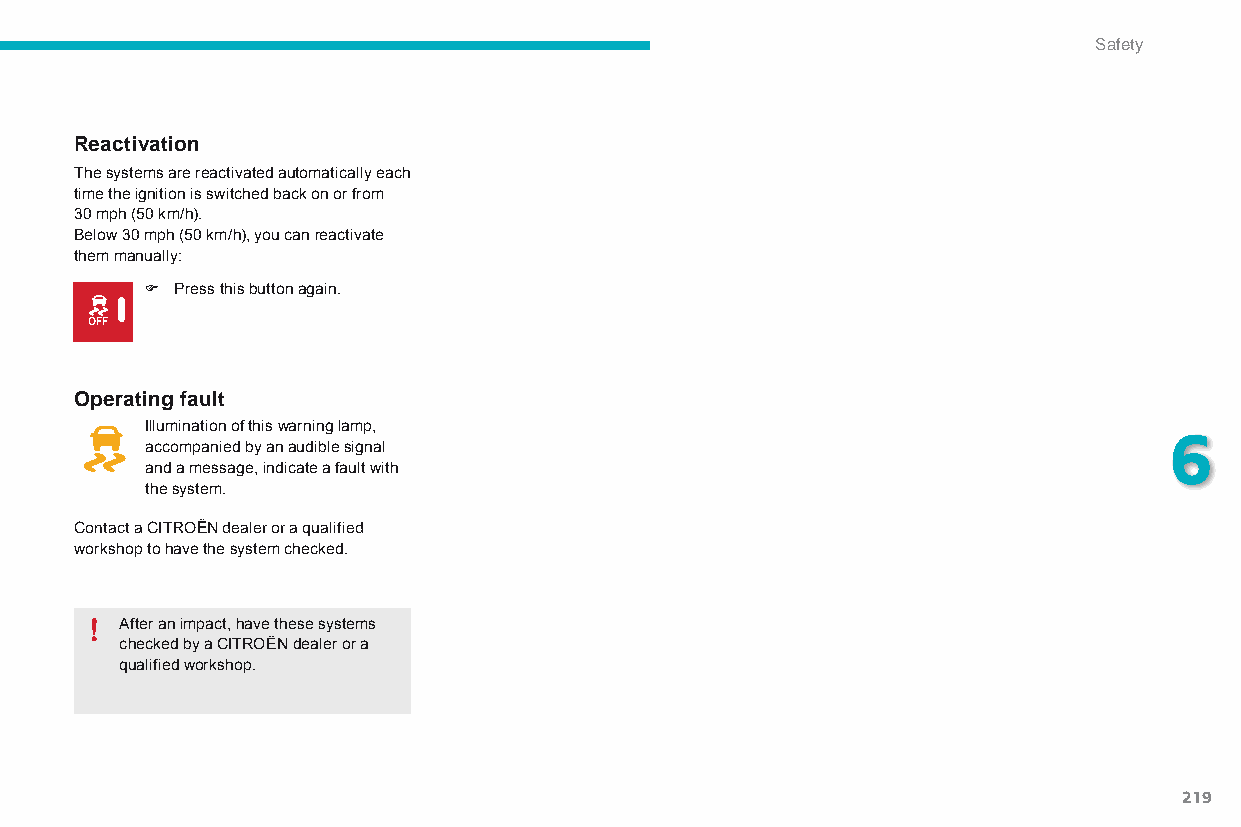
Safety
 Reactivation
 The systems are reactivated automatically each
 time the ignition is switched back on or from
 30 mph (50 km/h).
 Below 30 mph (50 km/h), you can reactivate
 them manually:
 F Press this button again.
 Operating fault
 Illumination of this warning lamp,
 6
 accompanied by an audible signal
 and a message, indicate a fault with
 the system.
 Contact a CITRoËn dealer or a qualified
 workshop to have the system checked.
 After an impact, have these systems
 checked by a CITROËN dealer or a
 qualified workshop.
 219
 C4-Picasso-II_en_Chap06_securite_ed01-2015